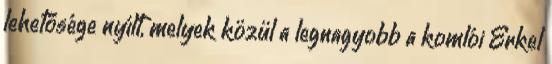
lehetősége nyílt, melyek közül a legnagyobb a komlói Erkel